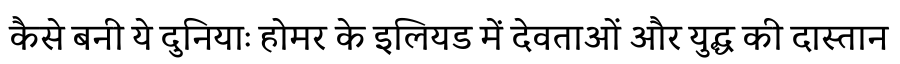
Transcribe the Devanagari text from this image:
कैसे बनी ये दुनियाः होमर के इलियड में देवताओं और युद्ध की दास्तान